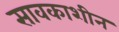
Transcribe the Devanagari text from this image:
सावकाशीन